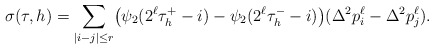
\begin{align*} \sigma(\tau,h) =\sum_{|i-j|\le r} \bigl(\psi_2(2^\ell\tau_h^+ -i) - \psi_2(2^\ell\tau_h^- -i) \bigr)(\Delta^2 p_i^\ell - \Delta^2 p_j^\ell).\end{align*}